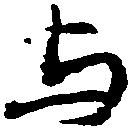
与